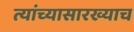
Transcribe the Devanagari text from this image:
त्यांच्यासारख्याच